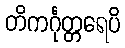
တိကင်္ဂုတ္တရေပိ